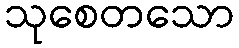
သုစေတသော